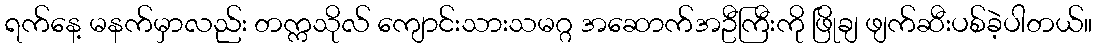
ရက်နေ့ မနက်မှာလည်း တက္ကသိုလ် ကျောင်းသားသမဂ္ဂ အဆောက်အဦကြီးကို ဖြိုချ ဖျက်ဆီးပစ်ခဲ့ပါတယ်။